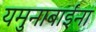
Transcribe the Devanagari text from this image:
यमुनाबाईंना